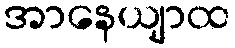
အာနေယျာထ